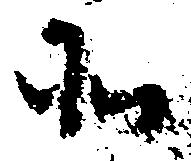
そ